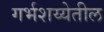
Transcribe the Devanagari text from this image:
गर्भशय्येतील